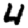
Digit: 4